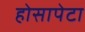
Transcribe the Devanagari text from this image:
होसापेटा